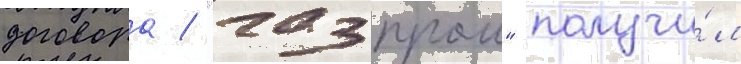
договора / "газпром" получи́л